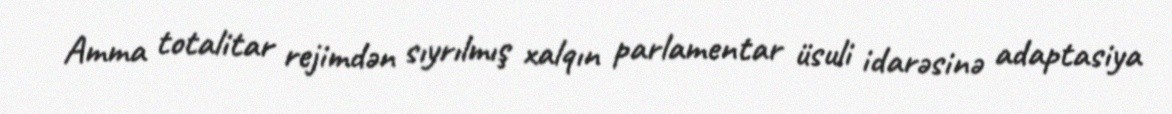
Amma totalitar rejimdən sıyrılmış xalqın parlamentar üsuli idarəsinə adaptasiya